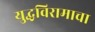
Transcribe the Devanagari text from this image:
युद्धविरामाचा